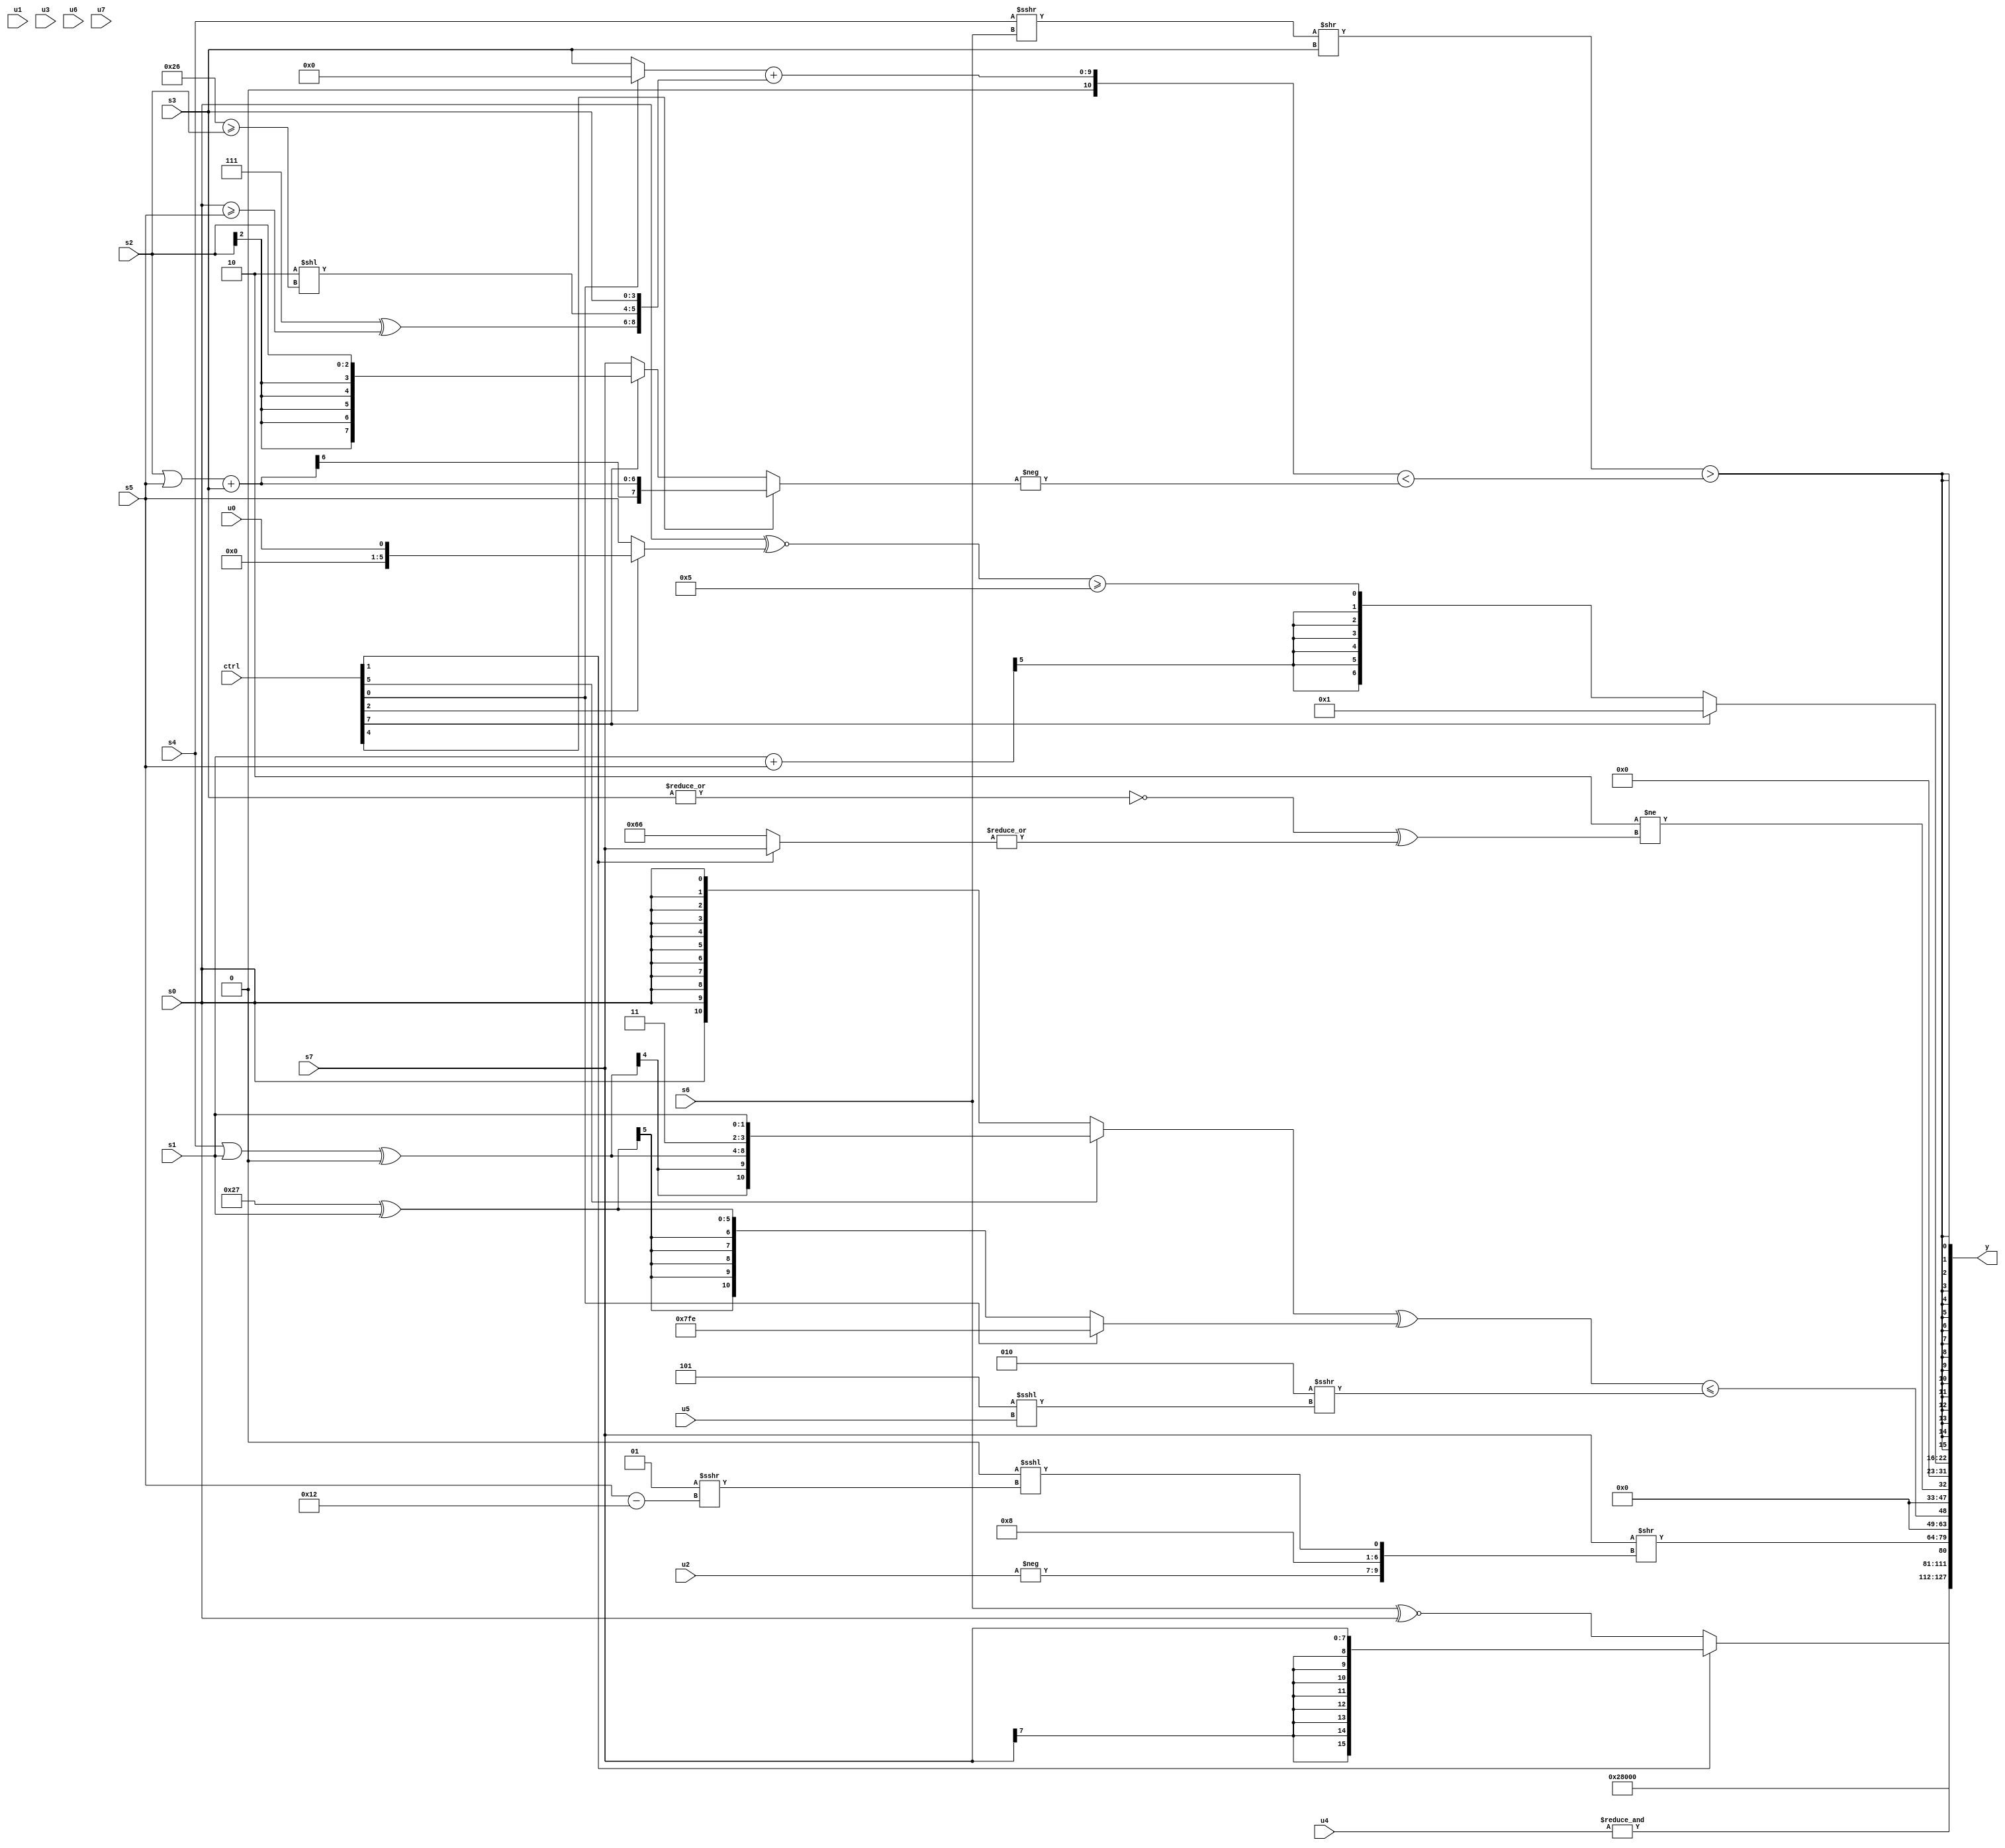
module wideexpr_00714(ctrl, u0, u1, u2, u3, u4, u5, u6, u7, s0, s1, s2, s3, s4, s5, s6, s7, y);
  input [7:0] ctrl;
  input [0:0] u0;
  input [1:0] u1;
  input [2:0] u2;
  input [3:0] u3;
  input [4:0] u4;
  input [5:0] u5;
  input [6:0] u6;
  input [7:0] u7;
  input signed [0:0] s0;
  input signed [1:0] s1;
  input signed [2:0] s2;
  input signed [3:0] s3;
  input signed [4:0] s4;
  input signed [5:0] s5;
  input signed [6:0] s6;
  input signed [7:0] s7;
  output [127:0] y;
  wire [15:0] y0;
  wire [15:0] y1;
  wire [15:0] y2;
  wire [15:0] y3;
  wire [15:0] y4;
  wire [15:0] y5;
  wire [15:0] y6;
  wire [15:0] y7;
  assign y = {y0,y1,y2,y3,y4,y5,y6,y7};
  assign y0 = (ctrl[1]?s7:(s6)^~(s0));
  assign y1 = ($signed(4'sb0101))<<<({1{1'b0}});
  assign y2 = &(u4);
  assign y3 = (s7)>>({-($signed(u2)),$unsigned(6'sb001000),-(({(s0)!=(s0)})<<<((2'sb01)>>>((s5)-(5'sb10010))))});
  assign y4 = (($signed((ctrl[5]?$signed({+(((s4)|(s1))^((s6)>>(4'sb1100))),2'b11,s1}):s0)))^((ctrl[0]?2'sb10:(6'sb100111)^(s1))))<=(($signed(3'sb010))>>>(+((-($unsigned(+(3'b011))))<<<($signed($signed(u5))))));
  assign y5 = (2'sb10)!=(($signed($signed(~|(s3))))^($signed(|((ctrl[1]?s7:{2{4'sb0110}})))));
  assign y6 = +((ctrl[7]?2'sb01:{$signed($signed(((s1)+(s5))>>>({6'sb111011,4'sb1110,6'b000110}))),((s0)^~($signed((ctrl[2]?u0:s5))))>=(-(+($signed(6'sb111011))))}));
  assign y7 = $signed((((s4)>>>(s6))>>(s3))>(($signed(((ctrl[0]?(1'sb0)<<(-(1'sb1)):s3))+({($signed(5'sb00111))^((s0)>=(s5)),(2'sb10)<<((6'b100110)>=(s2)),+(s3)})))<($signed(-((ctrl[4]?((s2)|(s5))+(s3):(ctrl[7]?+(s2):s7)))))));
endmodule